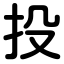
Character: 投